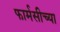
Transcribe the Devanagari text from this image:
फार्मसीच्या